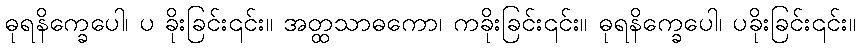
ဓုရနိက္ခေပေါ၊ ပ ခိုးခြင်း၎င်း။ အတ္ထသာဓကော၊ ကခိုးခြင်း၎င်း။ ဓုရနိက္ခေပေါ၊ ပခိုးခြင်း၎င်း။